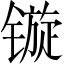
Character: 镟